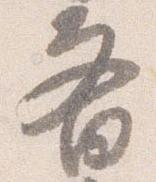
斎